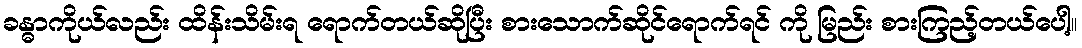
ခန္ဓာကိုယ်လည်း ထိန်းသိမ်းရ ရောက်တယ်ဆိုပြီး စားသောက်ဆိုင်ရောက်ရင် ကို မြည်း စားကြည့်တယ်ပေါ့။